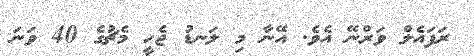
ރަފައެލް ވަރްނޭ އެވެ. އޭނާ މި ލަނޑު ޖެހީ މެޗުގެ 40 ވަނަ